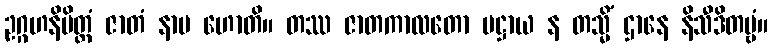
ဥဂ္ဂဟနိမိတ္တံ ဇာတံ နာမ ဟောတိ။ တဿ ဇာတကာလတော ပဋ္ဌာယ န တသ္မိံ ဌာနေ နိသီဒိတဗ္ဗံ။